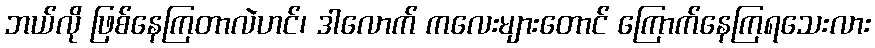
ဘယ်လို ဖြစ်နေကြတာလဲဟင်၊ ဒါလောက် ကလေးများတောင် ကြောက်နေကြရသေးလား